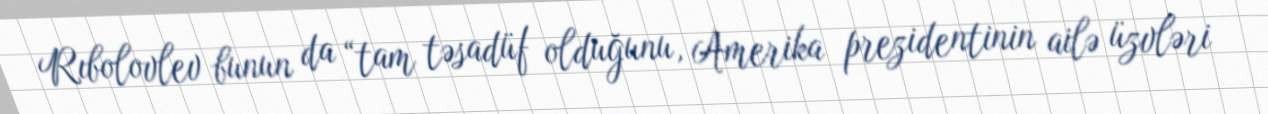
Rıbolovlev bunun da “tam təsadüf olduğunu, Amerika prezidentinin ailə üzvləri